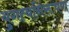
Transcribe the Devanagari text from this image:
युगत्वनिरूपण